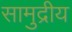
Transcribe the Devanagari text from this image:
सामुद्रीय